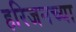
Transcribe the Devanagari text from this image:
हरिजनच्या